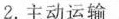
2.主动运输